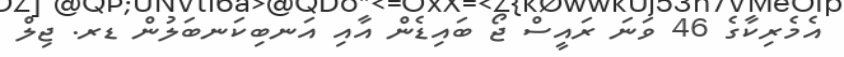
އެމެރިކާގެ 46 ވަނަ ރައީސް ޖޯ ބައިޑެން އާއި އަނބިކަނބަލުން ޑރ. ޖިލް